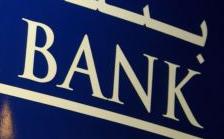
bank